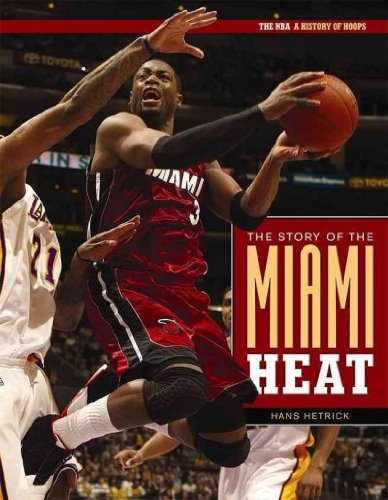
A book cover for The Story of Miami Heat (The NBA: a History of Hoops); Hans Hetrick; Teen & Young Adult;